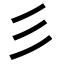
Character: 彡